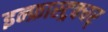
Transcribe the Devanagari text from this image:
इन्फ्रास्ट्रक्चर्